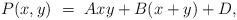
LaTeX: \begin{align*}P(x,y) ~=~ Axy+B(x+y)+D,\end{align*}